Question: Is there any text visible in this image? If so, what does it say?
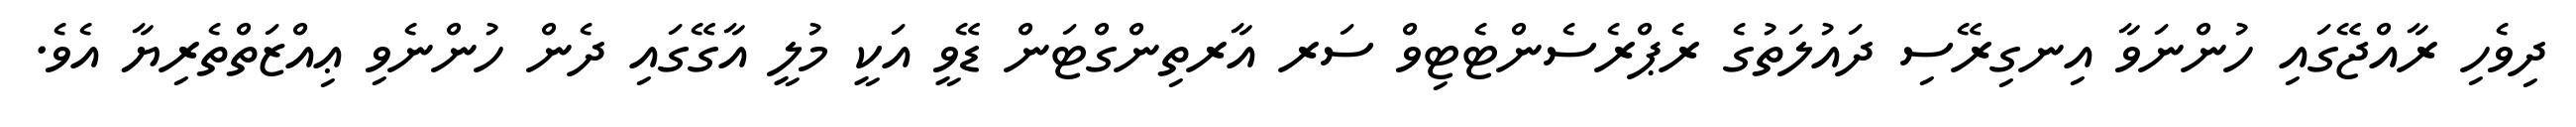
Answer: ދިވެހި ރާއްޖޭގައި ހުންނަވާ އިނގިރޭސި ދައުލަތުގެ ރެޕްރެސެންޓެޓިވް ސަރ އާރތިންގްޓަން ޑޭވީ އަކީ މުލީ އާގޭގައި ދެން ހުންނެވި ޢިއްޒަތްތެރިޔާ އެވެ.